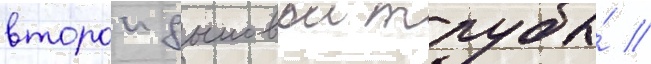
второи дымовои трубы́ //